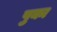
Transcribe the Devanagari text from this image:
पुका